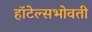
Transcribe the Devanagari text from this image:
हॉटेल्सभोवती